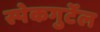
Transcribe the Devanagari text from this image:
स्पेकगुर्टेल